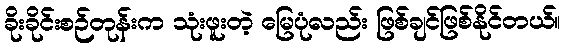
ခိုးခိုင်းစဉ်တုန်းက သုံးဖူးတဲ့ မြေပုံလည်း ဖြစ်ချင်ဖြစ်နိုင်တယ်။